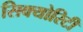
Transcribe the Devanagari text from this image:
सिक्‍योरिटी